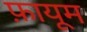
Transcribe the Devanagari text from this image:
फ़ायूम